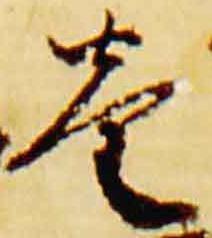
巷